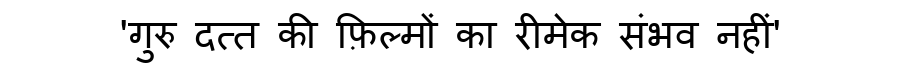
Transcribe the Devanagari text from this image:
'गुरु दत्त की फ़िल्मों का रीमेक संभव नहीं'